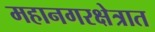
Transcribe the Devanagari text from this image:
महानगरक्षेत्रात